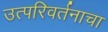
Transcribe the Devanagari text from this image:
उत्परिवर्तनाचा